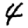
Digit: 4